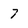
Character: 7